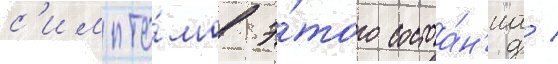
с'импто́мов э́того состоа́н'иа /